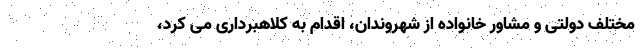
مختلف دولتی و مشاور خانواده از شهروندان، اقدام به کلاهبرداری می کرد،